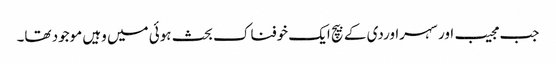
جب مجیب اور سہراوردی کے بیچ ایک خوفناک بحث ہوئی میں وہیں موجود تھا۔